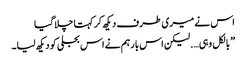
اس نے میری طرف دیکھ کر کہتا چلا گیا
” بالکل وہی…. لیکن اس بار ہم نے اس بجلی کو دیکھ لیا۔